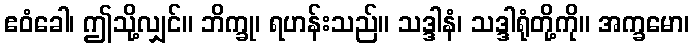
ဧဝံခေါ၊ ဤသို့လျှင်။ ဘိက္ခု၊ ရဟန်းသည်။ သဒ္ဒါနံ၊ သဒ္ဒါရုံတို့ကို။ အက္ခမော၊